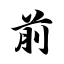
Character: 前